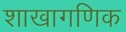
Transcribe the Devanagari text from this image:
शाखागणिक